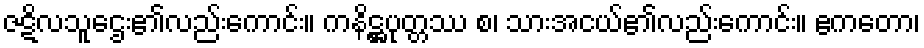
ဇဋိလသူဌေး၏လည်းကောင်း။ ကနိဋ္ဌပုတ္တဿ စ၊ သားအငယ်၏လည်းကောင်း။ ဧကတော၊